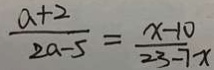
\frac { a + 2 } { 2 a - 5 } = \frac { x - 1 0 } { 2 3 - 7 x }